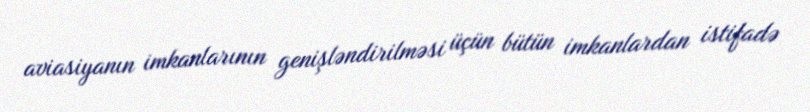
aviasiyanın imkanlarının genişləndirilməsi üçün bütün imkanlardan istifadə